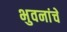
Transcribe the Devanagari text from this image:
भुवनांचे